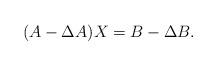
LaTeX: \begin{align*} (A-\Delta A)X=B-\Delta B.\end{align*}